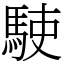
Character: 𩢲